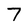
Character: 7